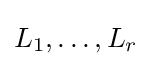
L_{1},\ldots ,L_{r}